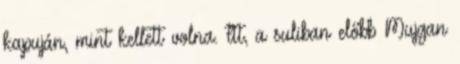
kapuján, mint kellett volna. Itt, a suliban előbb Mujgan